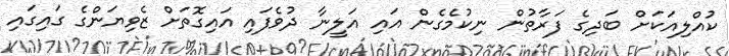
ކުއްލިއަކަށް ބަދިގެ ފަރާތުން ނިކުމެގެން އައި އަލީނާ ދުވެފައި އައިގޮތަށް ޒެވިޔަންގެ ގައިގައި